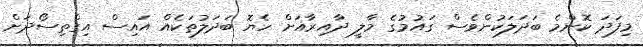
މިފަދަ ކޮންމެ ބަދަލަކުންވެސް ގައުމުގެ މާލީ ދާއިރާއަށް ހެޔޮ ބަދަލުތަކެއް އައިސް އިގްތިސޯދަށް